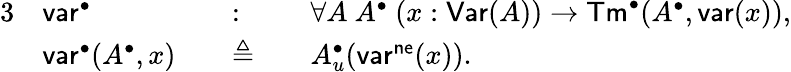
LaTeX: \begin{array}{rlrlrl}{{3}}&{\mathsf{var}^{\bullet}}&&{:}&&{\forall A\ A^{\bullet}\ (x:\mathsf{Var}(A))\to\mathsf{Tm}^{\bullet}(A^{\bullet},\mathsf{var}(x)),}\\ &{\mathsf{var}^{\bullet}(A^{\bullet},x)}&&{\triangleq}&&{A_{u}^{\bullet}(\mathsf{var}^{\mathsf{ne}}(x)).}\end{array}